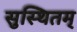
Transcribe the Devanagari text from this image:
सुस्थितम्